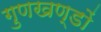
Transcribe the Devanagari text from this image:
गुणखण्डों